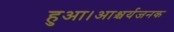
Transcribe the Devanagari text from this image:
हुआ।आश्चर्यजनक